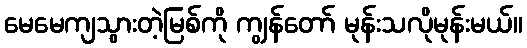
မေမေကျသွားတဲ့မြစ်ကို ကျွန်တော် မုန်းသလိုမုန်းမယ်။